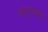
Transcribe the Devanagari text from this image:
सासूरवास५